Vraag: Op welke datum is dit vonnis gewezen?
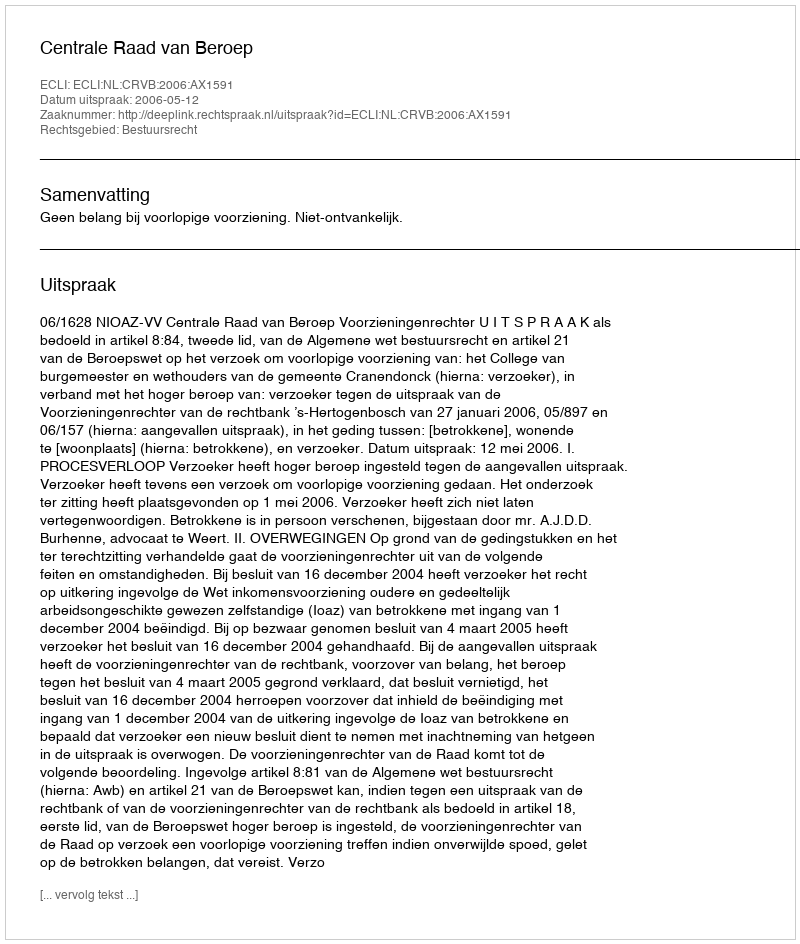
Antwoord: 2006-05-12